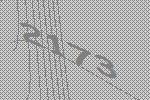
2173